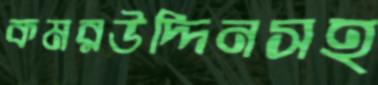
কমরউদ্দিনসহ